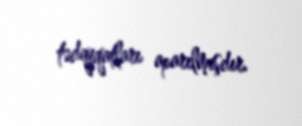
tədqiqatları aparılmışdır.